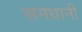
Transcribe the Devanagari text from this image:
समधानी